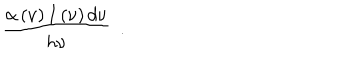
\frac { \alpha \left( \nu \right) I \left( \nu \right) d \nu } { h \nu } ~ ~ .